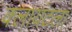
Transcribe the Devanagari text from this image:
क्लायंटला